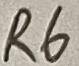
Text: R6